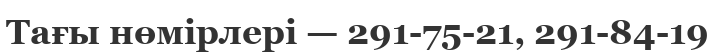
Тағы нөмірлері — 291-75-21, 291-84-19